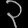
Digit: ၃